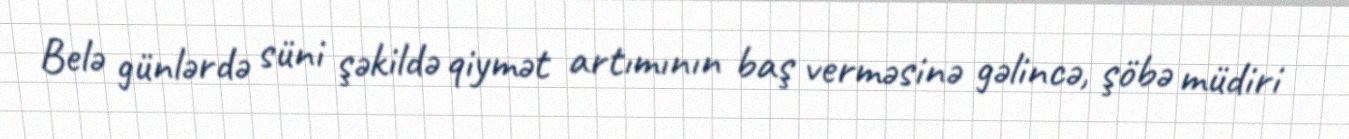
Belə günlərdə süni şəkildə qiymət artımının baş verməsinə gəlincə, şöbə müdiri